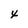
Character: x